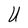
Character: U